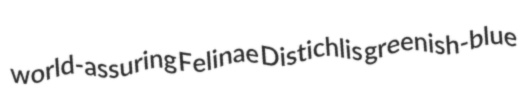
world-assuring Felinae Distichlis greenish-blue